Indian journal of veterinary science and animal husbandry - Volume 11,
Year: 1941
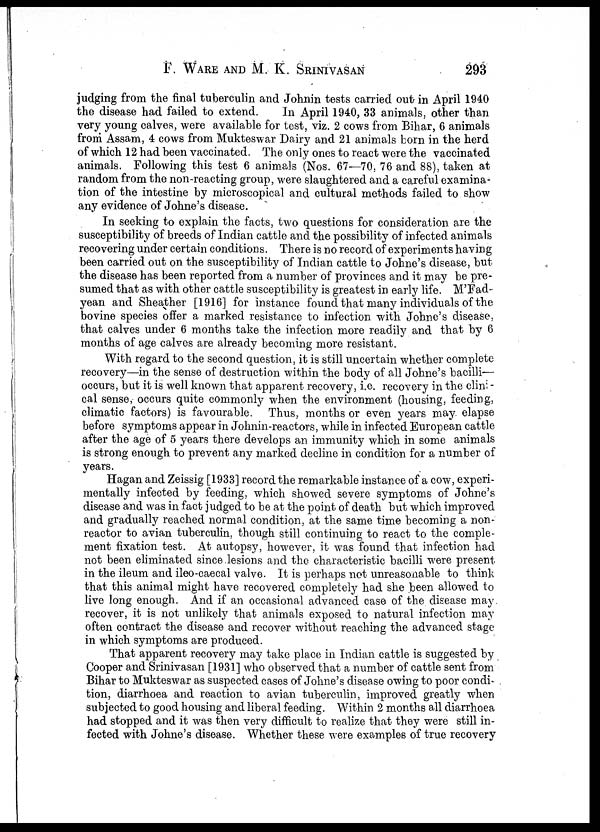
F. WARE AND M. K. SRINIVASAN 293
judging from the final tuberculin and Johnin tests carried out in April 1940
the disease had failed to extend.
In April 1940, 33 animals, other than
very young calves, were available for test, viz. 2 cows from Bihar, 6 animals
from Assam, 4 cows from Mukteswar Dairy and 21 animals born in the herd
of which 12 had been vaccinated. The only ones to react were the vaccinated
animals. Following this test 6 animals (Nos. 67—70, 76 and 88), taken at
random from the non-reacting group, were slaughtered and a careful examina-
tion of the intestine by microscopical and cultural methods failed to show
any evidence of Johne's disease.
In seeking to explain the facts, two questions for consideration are the
susceptibility of breeds of Indian cattle and the possibility of infected animals
recovering under certain conditions. There is no record of experiments having
been carried out on the susceptibility of Indian cattle to Johne's disease, but
the disease has been reported from a number of provinces and it may be pre-
sumed that as with other cattle susceptibility is greatest in early life. M'Fad-
yean and Sheather [1916] for instance found that many individuals of the
bovine species offer a marked resistance to infection with Johne's disease,
that calves under 6 months take the infection more readily and that by 6
months of age calves are already becoming more resistant.
With regard to the second question, it is still uncertain whether complete
recovery—in the sense of destruction within the body of all Johne's bacilli—
occurs, but it is well known that apparent recovery, i.e. recovery in the clini¬
cal sense, occurs quite commonly when the environment (housing, feeding,
climatic factors) is favourable. Thus, months or even years may elapse
before symptoms appear in Johnin-reactors, while in infected European cattle
after the age of 5 years there develops an immunity which in some animals
is strong enough to prevent any marked decline in condition for a number of
years.
Hagan and Zeissig [1933] record the remarkable instance of a cow, experi-
mentally infected by feeding, which showed severe symptoms of Johne's
disease and was in fact judged to be at the point of death but which improved
and gradually reached normal condition, at the same time becoming a non-
reactor to avian tuberculin, though still continuing to react to the comple-
ment fixation test. At autopsy, however, it was found that infection had
not been eliminated since lesions and the characteristic bacilli were present
in the ileum and ileo-caecal valve. It is perhaps not unreasonable to think
that this animal might have recovered completely had she been allowed to
live long enough. And if an occasional advanced case of the disease may
recover, it is not unlikely that animals exposed to natural infection may
often contract the disease and recover without reaching the advanced stage
in which symptoms are produced.
That apparent recovery may take place in Indian cattle is suggested by
Cooper and Srinivasan [1931] who observed that a number of cattle sent from
Bihar to Mukteswar as suspected cases of Johne's disease owing to poor condi-
tion, diarrhoea and reaction to avian tuberculin, improved greatly when
subjected to good housing and liberal feeding. Within 2 months all diarrhoea
had stopped and it was then very difficult to realize that they were still in-
fected with Johne's disease. Whether these were examples of true recovery